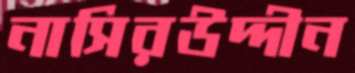
নাসিরউদ্দীন